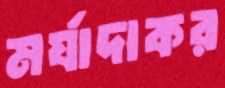
মর্যাদাকর